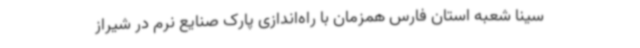
سینا شعبه استان فارس همزمان با راه‌اندازی پارک صنایع نرم در شیراز